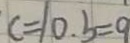
c = 1 0 . b = 9